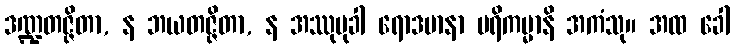
ဒဏ္ဍတဇ္ဇိတာ, န ဘယတဇ္ဇိတာ, န အဿုမုခါ ရောဒမာနာ ပရိကမ္မာနိ အကံသု။ အထ ခေါ